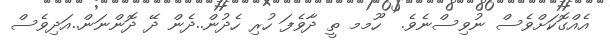
އެއްގޮކަށްވެސް ނުވިސްނެވެ.  ހޫމމ ތީ ދާވެފަ ހުރި ހެދުން..ދެން ދޭ ދޮންނަން..އަދިވެސް